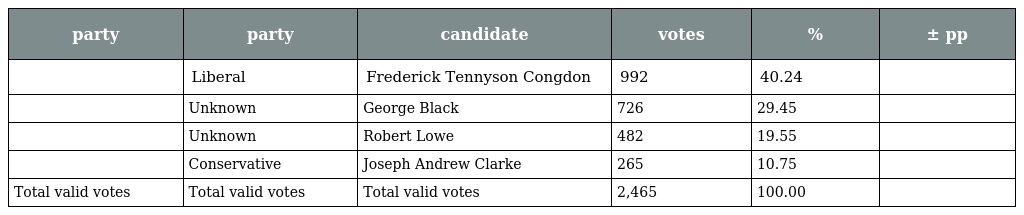
| party | party | candidate | votes | % | ± pp |
 | --- | --- | --- | --- | --- | --- |
 |  | Liberal | Frederick Tennyson Congdon | 992 | 40.24 |  |
 |  | Unknown | George Black | 726 | 29.45 |  |
 |  | Unknown | Robert Lowe | 482 | 19.55 |  |
 |  | Conservative | Joseph Andrew Clarke | 265 | 10.75 |  |
 | Total valid votes | Total valid votes | Total valid votes | 2,465 | 100.00 |  |